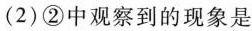
(2)②中观察到的现象是